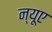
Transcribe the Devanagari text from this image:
न्‍यूए